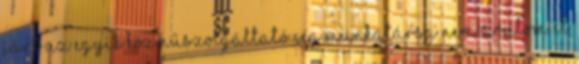
járt az egyik közműszolgáltató cég munkatársa nem árulom el